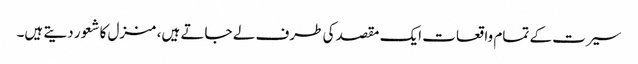
سیرت کے تمام واقعات ایک مقصد کی طرف لے جاتے ہیں، منزل کا شعور دیتے ہیں۔